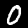
Digit: 0